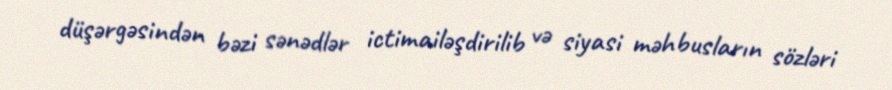
düşərgəsindən bəzi sənədlər ictimailəşdirilib və siyasi məhbusların sözləri